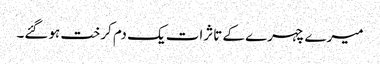
میرے چہرے کے تاثرات یک دم کرخت ہوگئے۔